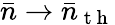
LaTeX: \bar{n}\rightarrow\bar{n}_{\mathrm{~t~h~}}